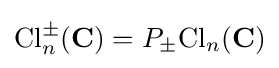
\mathrm {Cl} _{n}^{\pm }(\mathbf {C} )=P_{\pm }\mathrm {Cl} _{n}(\mathbf {C} )